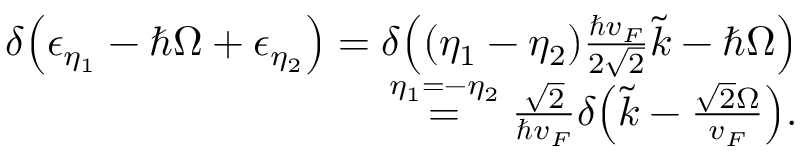
\begin{array} { r l r } & { } & { \delta { \left( \epsilon _ { \eta _ { 1 } } - \hbar \Omega + \epsilon _ { \eta _ { 2 } } \right) } = \delta { \left( ( \eta _ { 1 } - \eta _ { 2 } ) \frac { \hbar v _ { F } } { 2 \sqrt { 2 } } \tilde { k } - \hbar \Omega \right) } } \\ & { } & { \stackrel { \eta _ { 1 } = - \eta _ { 2 } } { = } \frac { \sqrt { 2 } } { \hbar v _ { F } } \delta { \left( \tilde { k } - \frac { \sqrt { 2 } \Omega } { v _ { F } } \right) } . } \end{array}